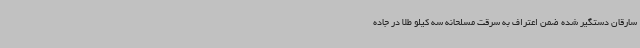
سارقان دستگیر شده ضمن اعتراف به سرقت مسلحانه سه کیلو طلا در جاده